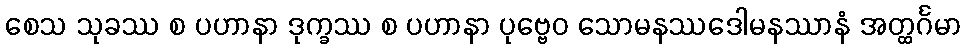
စေသ သုခဿ စ ပဟာနာ ဒုက္ခဿ စ ပဟာနာ ပုဗ္ဗေဝ သောမနဿဒေါမနဿာနံ အတ္ထင်္ဂမာ